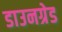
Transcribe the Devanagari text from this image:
डाउनग्रेड